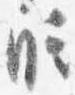
時